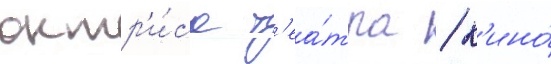
актр'и́са т'еа́тра / к'ино́